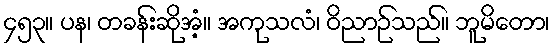
၄၅၃။ ပန၊ တခန်းဆိုအံ့။ အကုသလံ၊ ဝိညာဉ်သည်။ ဘူမိတော၊